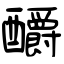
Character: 釂